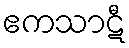
ဧကသာဋီ